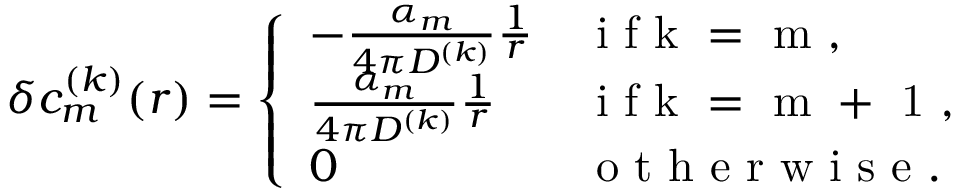
\delta c _ { m } ^ { ( k ) } ( r ) = \left\{ \begin{array} { l l } { - \frac { \alpha _ { m } } { 4 \pi D ^ { ( k ) } } \frac { 1 } { r } } & { \mathrm { ~ i ~ f ~ k ~ = ~ m ~ } , } \\ { \frac { \alpha _ { m } } { 4 \pi D ^ { ( k ) } } \frac { 1 } { r } } & { \mathrm { ~ i ~ f ~ k ~ = ~ m ~ + ~ 1 ~ } , } \\ { 0 } & { \mathrm { ~ o ~ t ~ h ~ e ~ r ~ w ~ i ~ s ~ e ~ } . } \end{array} \right.